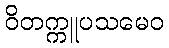
ဝိတက္ကူပသမေဝ